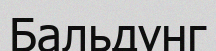
Бальдунг